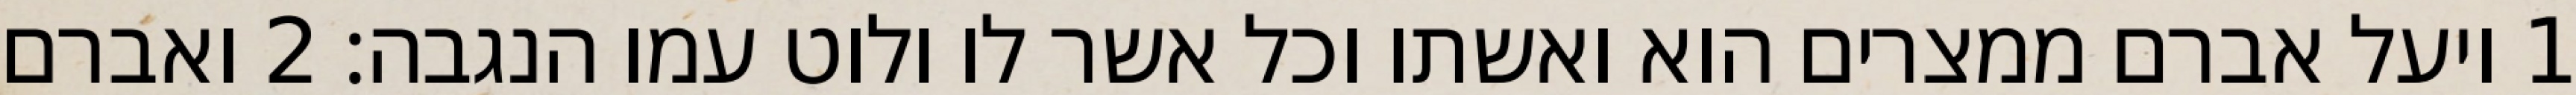
1 ויעל אברם ממצרים הוא ואשתו וכל אשר לו ולוט עמו הנגבה׃ ‎2‏ ואברם